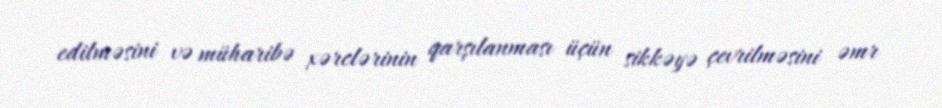
edilməsini və müharibə xərclərinin qarşılanması üçün sikkəyə çevrilməsini əmr